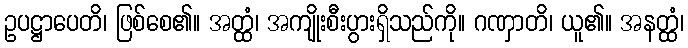
ဥပဋ္ဌာပေတိ၊ ဖြစ်စေ၏။ အတ္ထံ၊ အကျိုးစီးပွားရှိသည်ကို။ ဂဏှာတိ၊ ယူ၏။ အနတ္ထံ၊